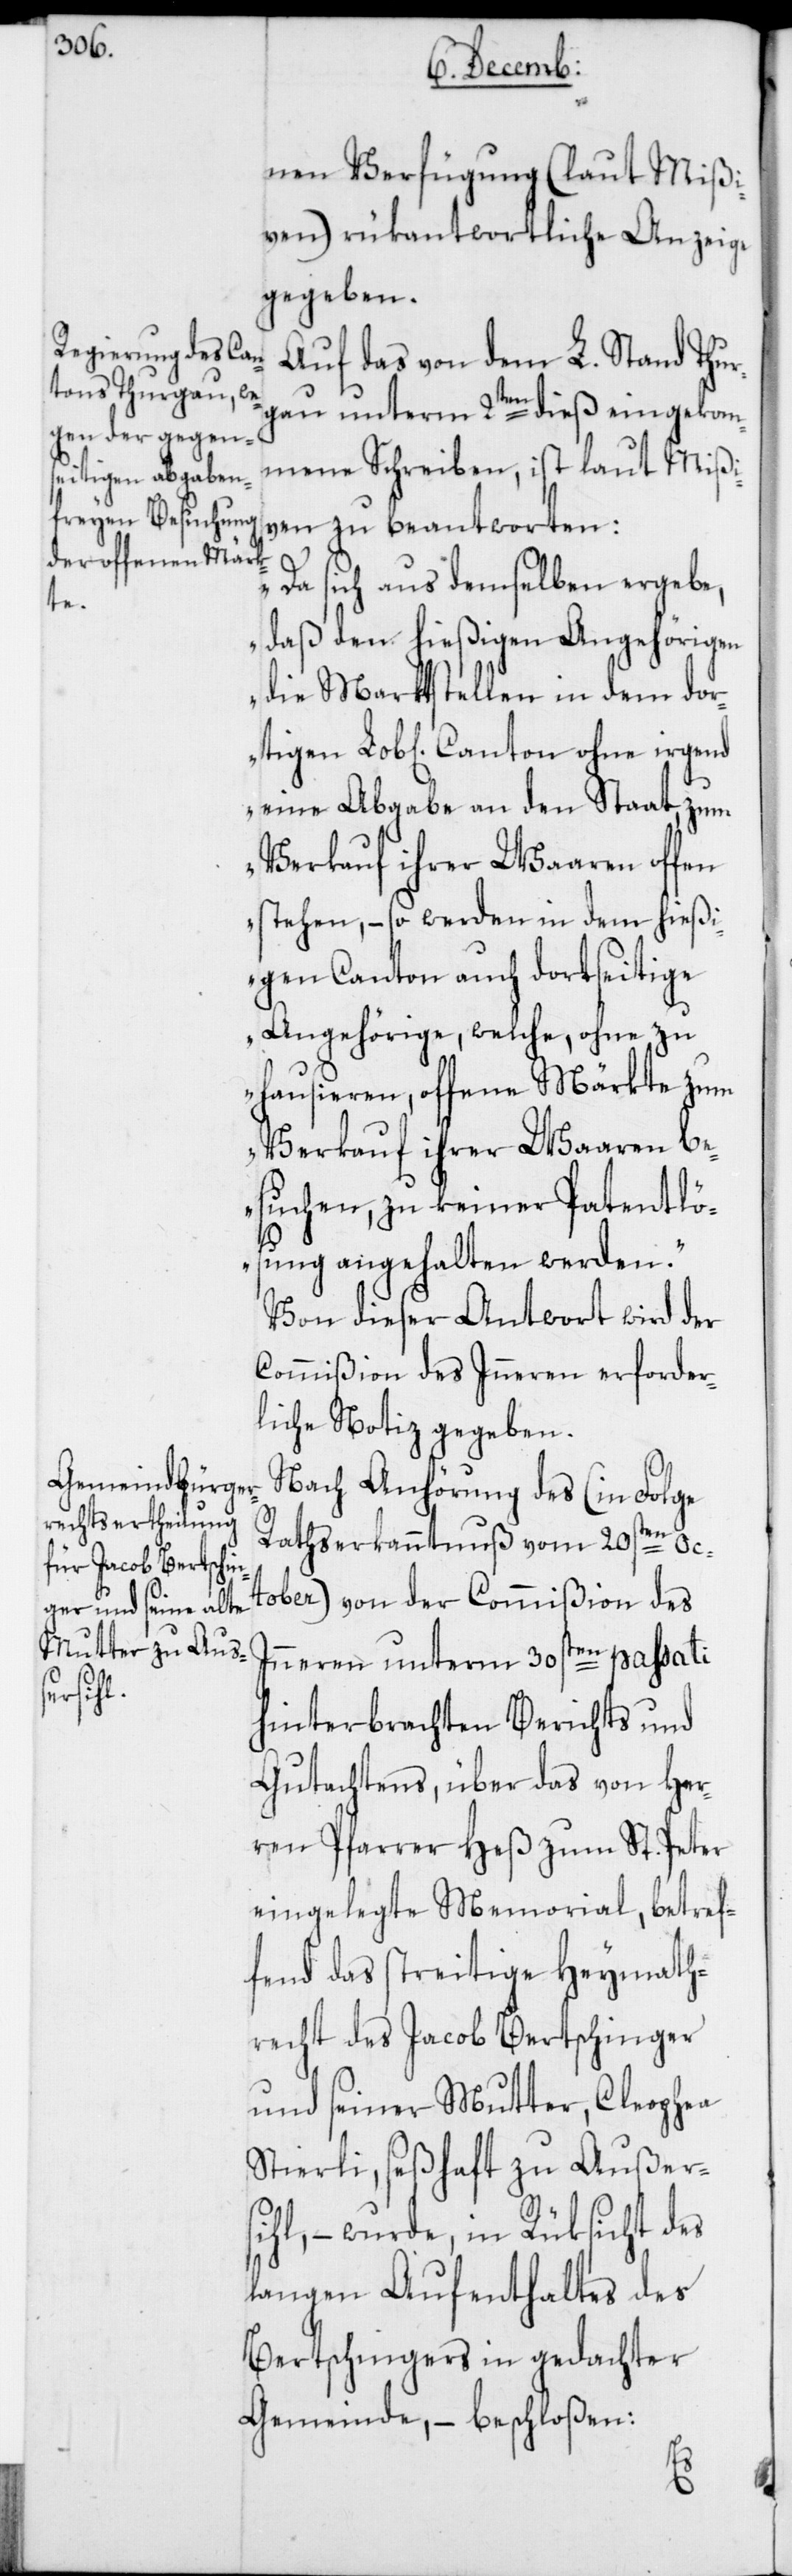
nen Verfügung (laut Mißi¬
ven) rükantwortliche Anzeige
gegeben.
Auf das von dem L. Stand Thur¬
gau unterm 2ten dieß eingekom¬
mene Schreiben, ist laut Mißi¬
ven zu beantworten:
„Da sich aus demselben ergebe,
daß den hießigen Angehörigen
die Marktstellen in dem do¬
eine Abgabe an den Staat, zum
Verkauf ihrer Waaren offen
stehen, – so werden in dem hießi¬
gen Canton auch dortseitige
Angehörige, welche, ohne zu
hausieren, offene Märkte zum
Verkauf ihrer Waaren be¬
suchen, zu keiner Patentlös¬
ung angehalten werden.“
Von dieser Antwort wird der
Commißion des Inneren erforder¬
liche Notiz gegeben.
Nach Anhörung des (in Folge
Rathserkanntnuß vom 20sten Oc¬
tober) von der Commißion des
Inneren unterm 30sten passati
rtigen
hinterbrachten Berichts und
Gutachtens, über das von Her¬
ren Pfarrer Heß zum St. Peter
eingelegte Memorial, betref¬
fend das streitige Heymath¬
recht des Jacob Bertschinger
und seiner Mutter, Cleophea
Stierli, seßhaft zu Außers¬
ihl, – wurde, in Rüksicht des
langen Aufenthaltes des
Bertschingers in gedachter
Gemeinde, – beschloßen: